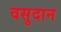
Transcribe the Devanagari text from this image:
वसुदान